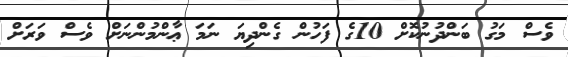
ވެސް މަގު ބަންދުނުކޮށް 10ގެ ފަހުން ގެންދިޔަ ނަމަ ޢާންމުންނަށް ވެސް ވަރަށް